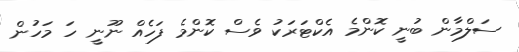
ސަލްމާން ބުނީ ކޮންމެ އެކްޓަރަކު ވެސް ކޮންމެ ފަހެއް ނޫނީ ހަ މަހުން